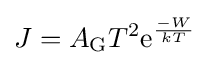
J=A_{\mathrm {G} }T^{2}\mathrm {e} ^{-W \over kT}